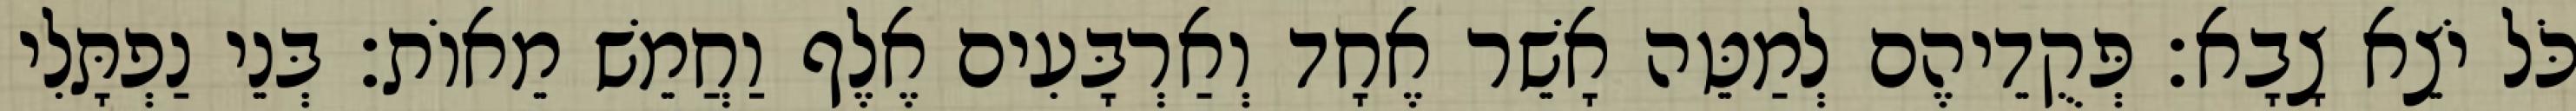
כֹּל יֹצֵא צָבָא׃ פְּקֻדֵיהֶם לְמַטֵּה אָשֵׁר אֶחָד וְאַרְבָּעִים אֶלֶף וַחֲמֵשׁ מֵאוֹת׃ בְּנֵי נַפְתָּלִי